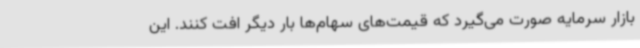
بازار سرمایه صورت می‌گیرد که قیمت‌های سهام‌ها بار دیگر افت کنند. این